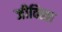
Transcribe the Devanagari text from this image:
जीवित्त्वा